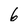
Character: 6